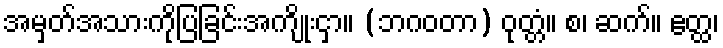
အမှတ်အသားကိုပြခြင်းအကျိုးငှာ။ (ဘဂဝတာ) ဝုတ္တံ။ စ၊ ဆက်။ ဧတ္ထ၊